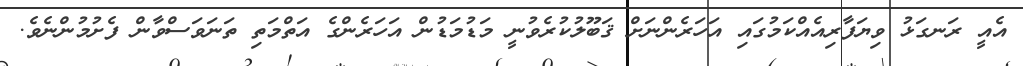
އެއީ ރަނގަޅު ވިޔަފާރިއެއްކަމުގައި އަހަރެންނަށް ޤަބޫލުކުރެވުނީ މަޑުމަޑުން އަހަރެންގެ އަތްމަތި ތަނަވަސްވާން ފެށުމުންނެވެ.